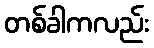
တစ်ခါကလည်း